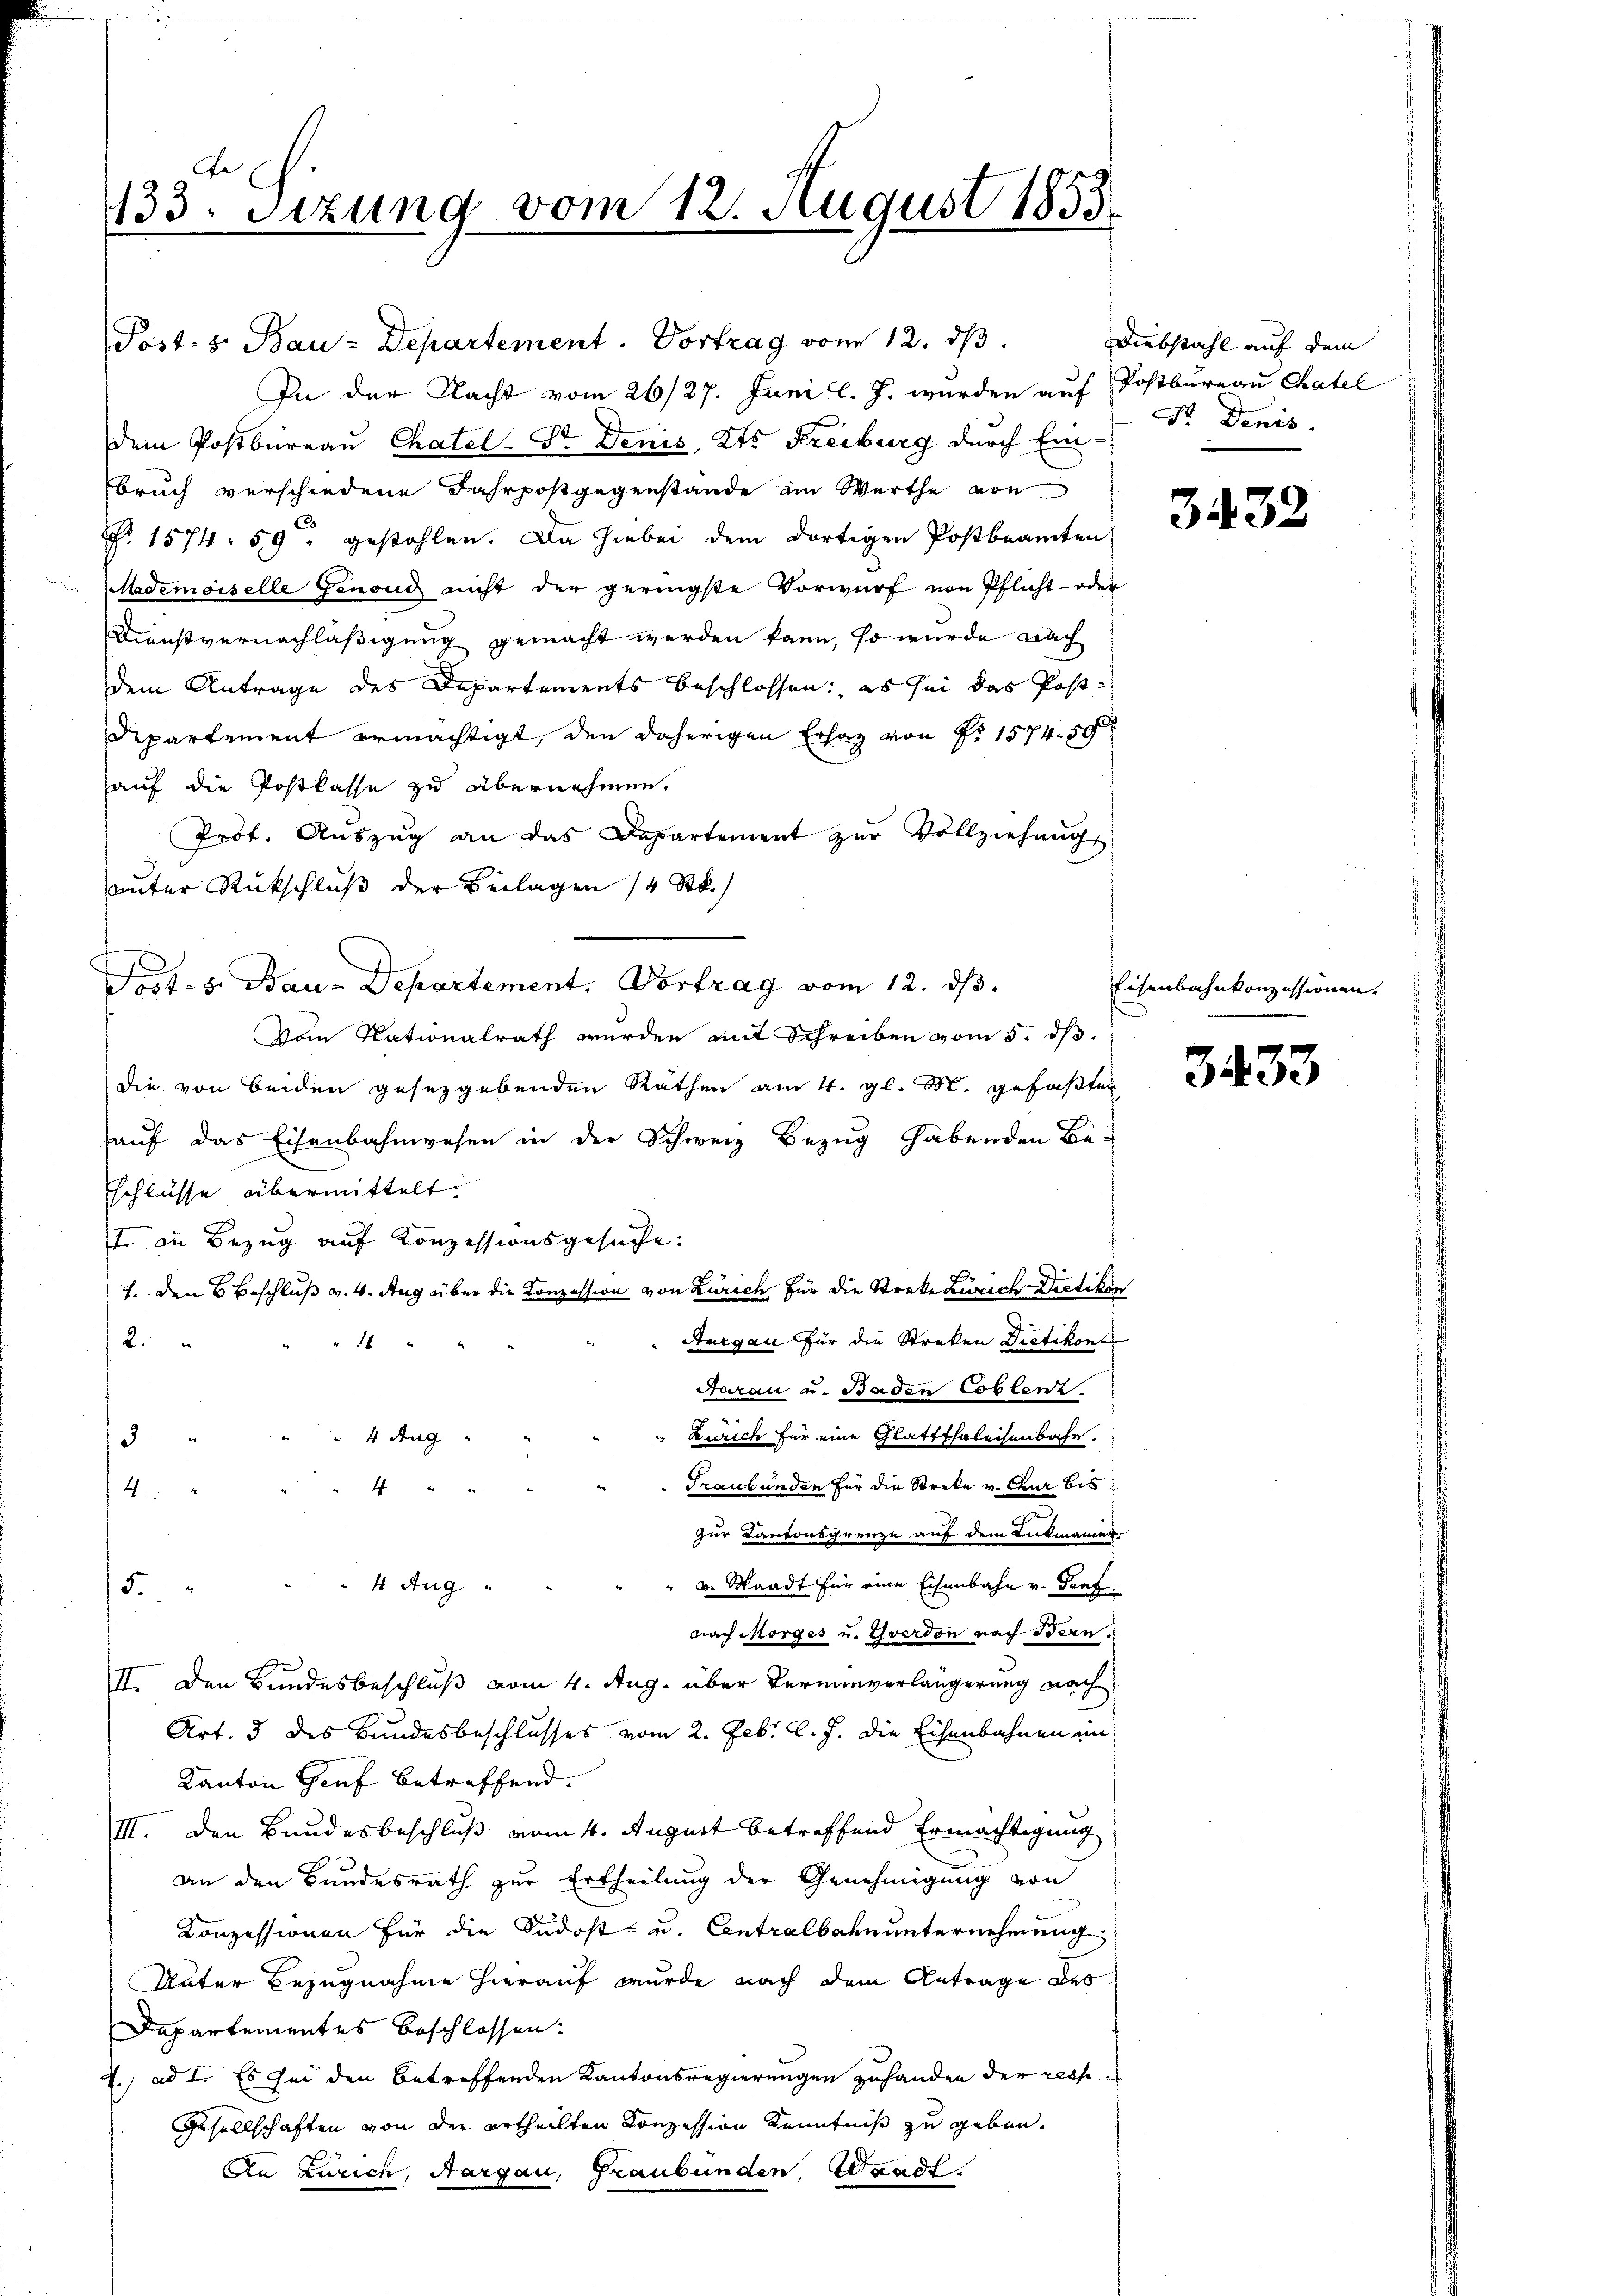
133. Sitzung vom 12. August 1853.

Post. v. Bau-Departement. Vortrag vom 12. dβ.
In der Nacht vom 26/27. Juni l. J. wurden auf Postbureau Chatel
dem Postbüreau Chatel-Dr. Denis, Kts. Freiburg durch Ein-
Bruch verschiedene Jahrposgegenstände am Werthe von
No. 1574. 59, gestohlen. Da hiebei dem dortigen Postbeamten
Mademoiselle Genoud nicht der geringste Vorwurf von Pflicht- oder
Dienstvernachläßigung gemacht werden kann, so wurde nach
dem Antrage des Departements beschlossen: es sei das Post¬
Departement ermächtigt, den daherigen Erlag von Nr. 1574. 50
auf die Postkasse zu übernehmen.
Prof. Aŭszŭg an das Departement zŭr Vollziehung
unter Rückschluß der Beilagen 1/4 Stk.)
No. 5. Bau-Departement. Vortrag vom 12. ds.
vom Nationalrath wurden mit Schreiben vom 5. dß.
die von beiden gesetzgebenden Räthen am 4. gl. M. gefaßten
auf das Eisenbahnwesen in der Schweiz Bezug habenden Be-
schlüsse übermittelt.
t in Bezug auf Konzessionsgesuche:
1. Den 6 Beschluß v. 4. Aug über die Konzession von Zürich für die Streke Zürich Dietikon
Aargau für die Streken Dietikon
2.
"
Aarau u. Baden Coblenz
Zürich für eine Glattthaleisenbahn.
4 Aug
3
Graubünden für die Streke v. Chur bis
4
4.
zur Kantonsgrenze auf dem Lukmanier
" u. Waadt für eine Eisenbahn v. Genf
4 Aug
5
nach Morges u. Yverdon nach Bern.
II. Den Bundesbeschluß vom 4. Aug. über Terminverlängerung nach
Art. 3 des Bundesbeschlusses vom 2. Febr. l. J. die Eisenbahnen im
Kanton Genf betreffend.
III. Den Bundesbeschluß vom 4. August betreffend Ermächtigung
an den Bundesrath zur Ertheilung der Genehmigung von
Conzessionen für die Südost- u. Centralbahnunternehmung
Unter Bezugnahme hierauf wurde nach dem Antrage des
Departementes beschlossen:
E.) ad I. Es sei den betreffenden Kantonsregierungen zuhanden der resp
Gesellschaften von der ertheilten Konzession Kenntniß zu geben.
An Zürich, Aargau, Graubünden, Waadt.

Diebstahl auf dem
Dr. Denis.

3432

Eisenbahnkonzessionen.

3433